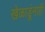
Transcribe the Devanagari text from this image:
खेळाडूंनाही